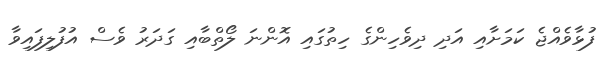
ފުޅާވެއްޖެ ކަމަށާއި އަދި ދިވެހިންގެ ހިތުގައި އޮންނަ ލޯތްބާއި ގަދަރު ވެސް އުފުލިފައިވާ